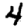
Digit: 4